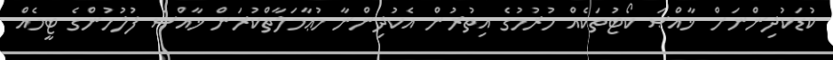
ކުޑަކުދިންނަށް ޚާއްޞަ ކޯޓުތަކެއް ހުރުމުގެ އިތުރުން އެކުދިންނާ މުޢާމަލާތްކުރަން ޚާއްޞަ ފުލުހުންގެ ޓީމެއް